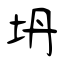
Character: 坍